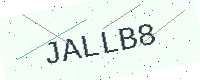
Text: JALLB8